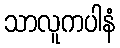
သာလူကပါနံ